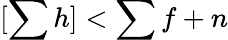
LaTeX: [\sum h]<\sum f+n